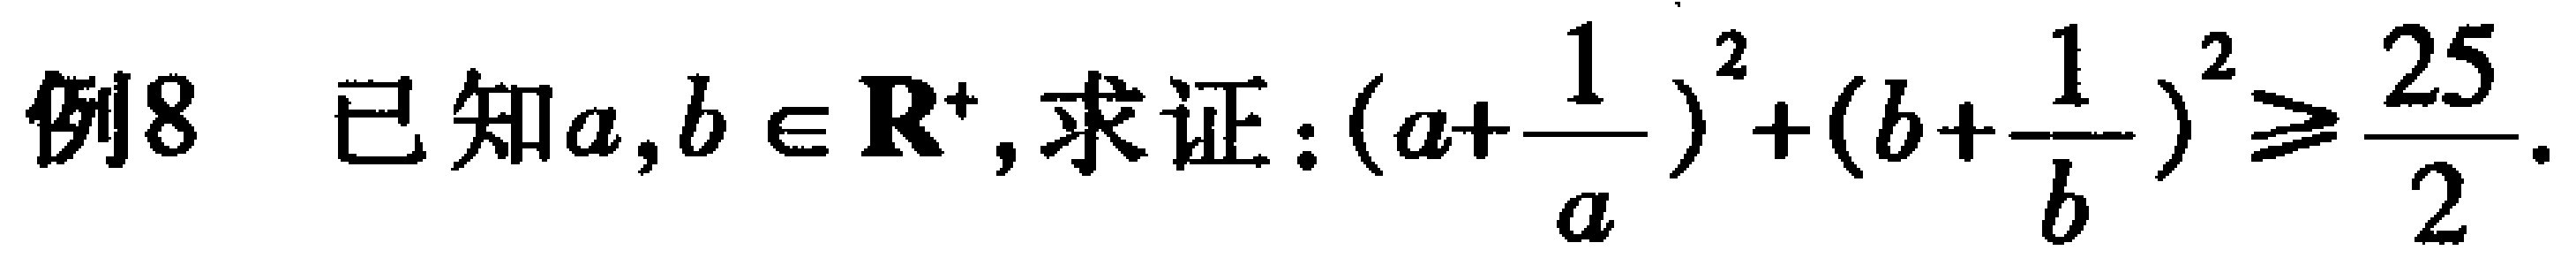
例8 已知\(a,b\in \mathbf{R}^{+}\), 求证：\((a + \frac{1}{a})^2 + (b + \frac{1}{b})^2\geq\frac{25}{2}\).